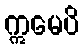
ဣမေပိ